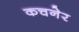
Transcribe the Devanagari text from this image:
कचनेर